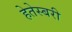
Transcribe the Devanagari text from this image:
हेतेस्बरी